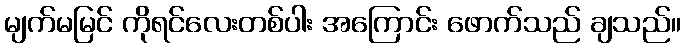
မျက်မမြင် ကိုရင်လေးတစ်ပါး အကြောင်း ဖောက်သည် ချသည်။